65_HS1-834228961_62-HQ-83894_Section_8
Agency: FBI
Page 139
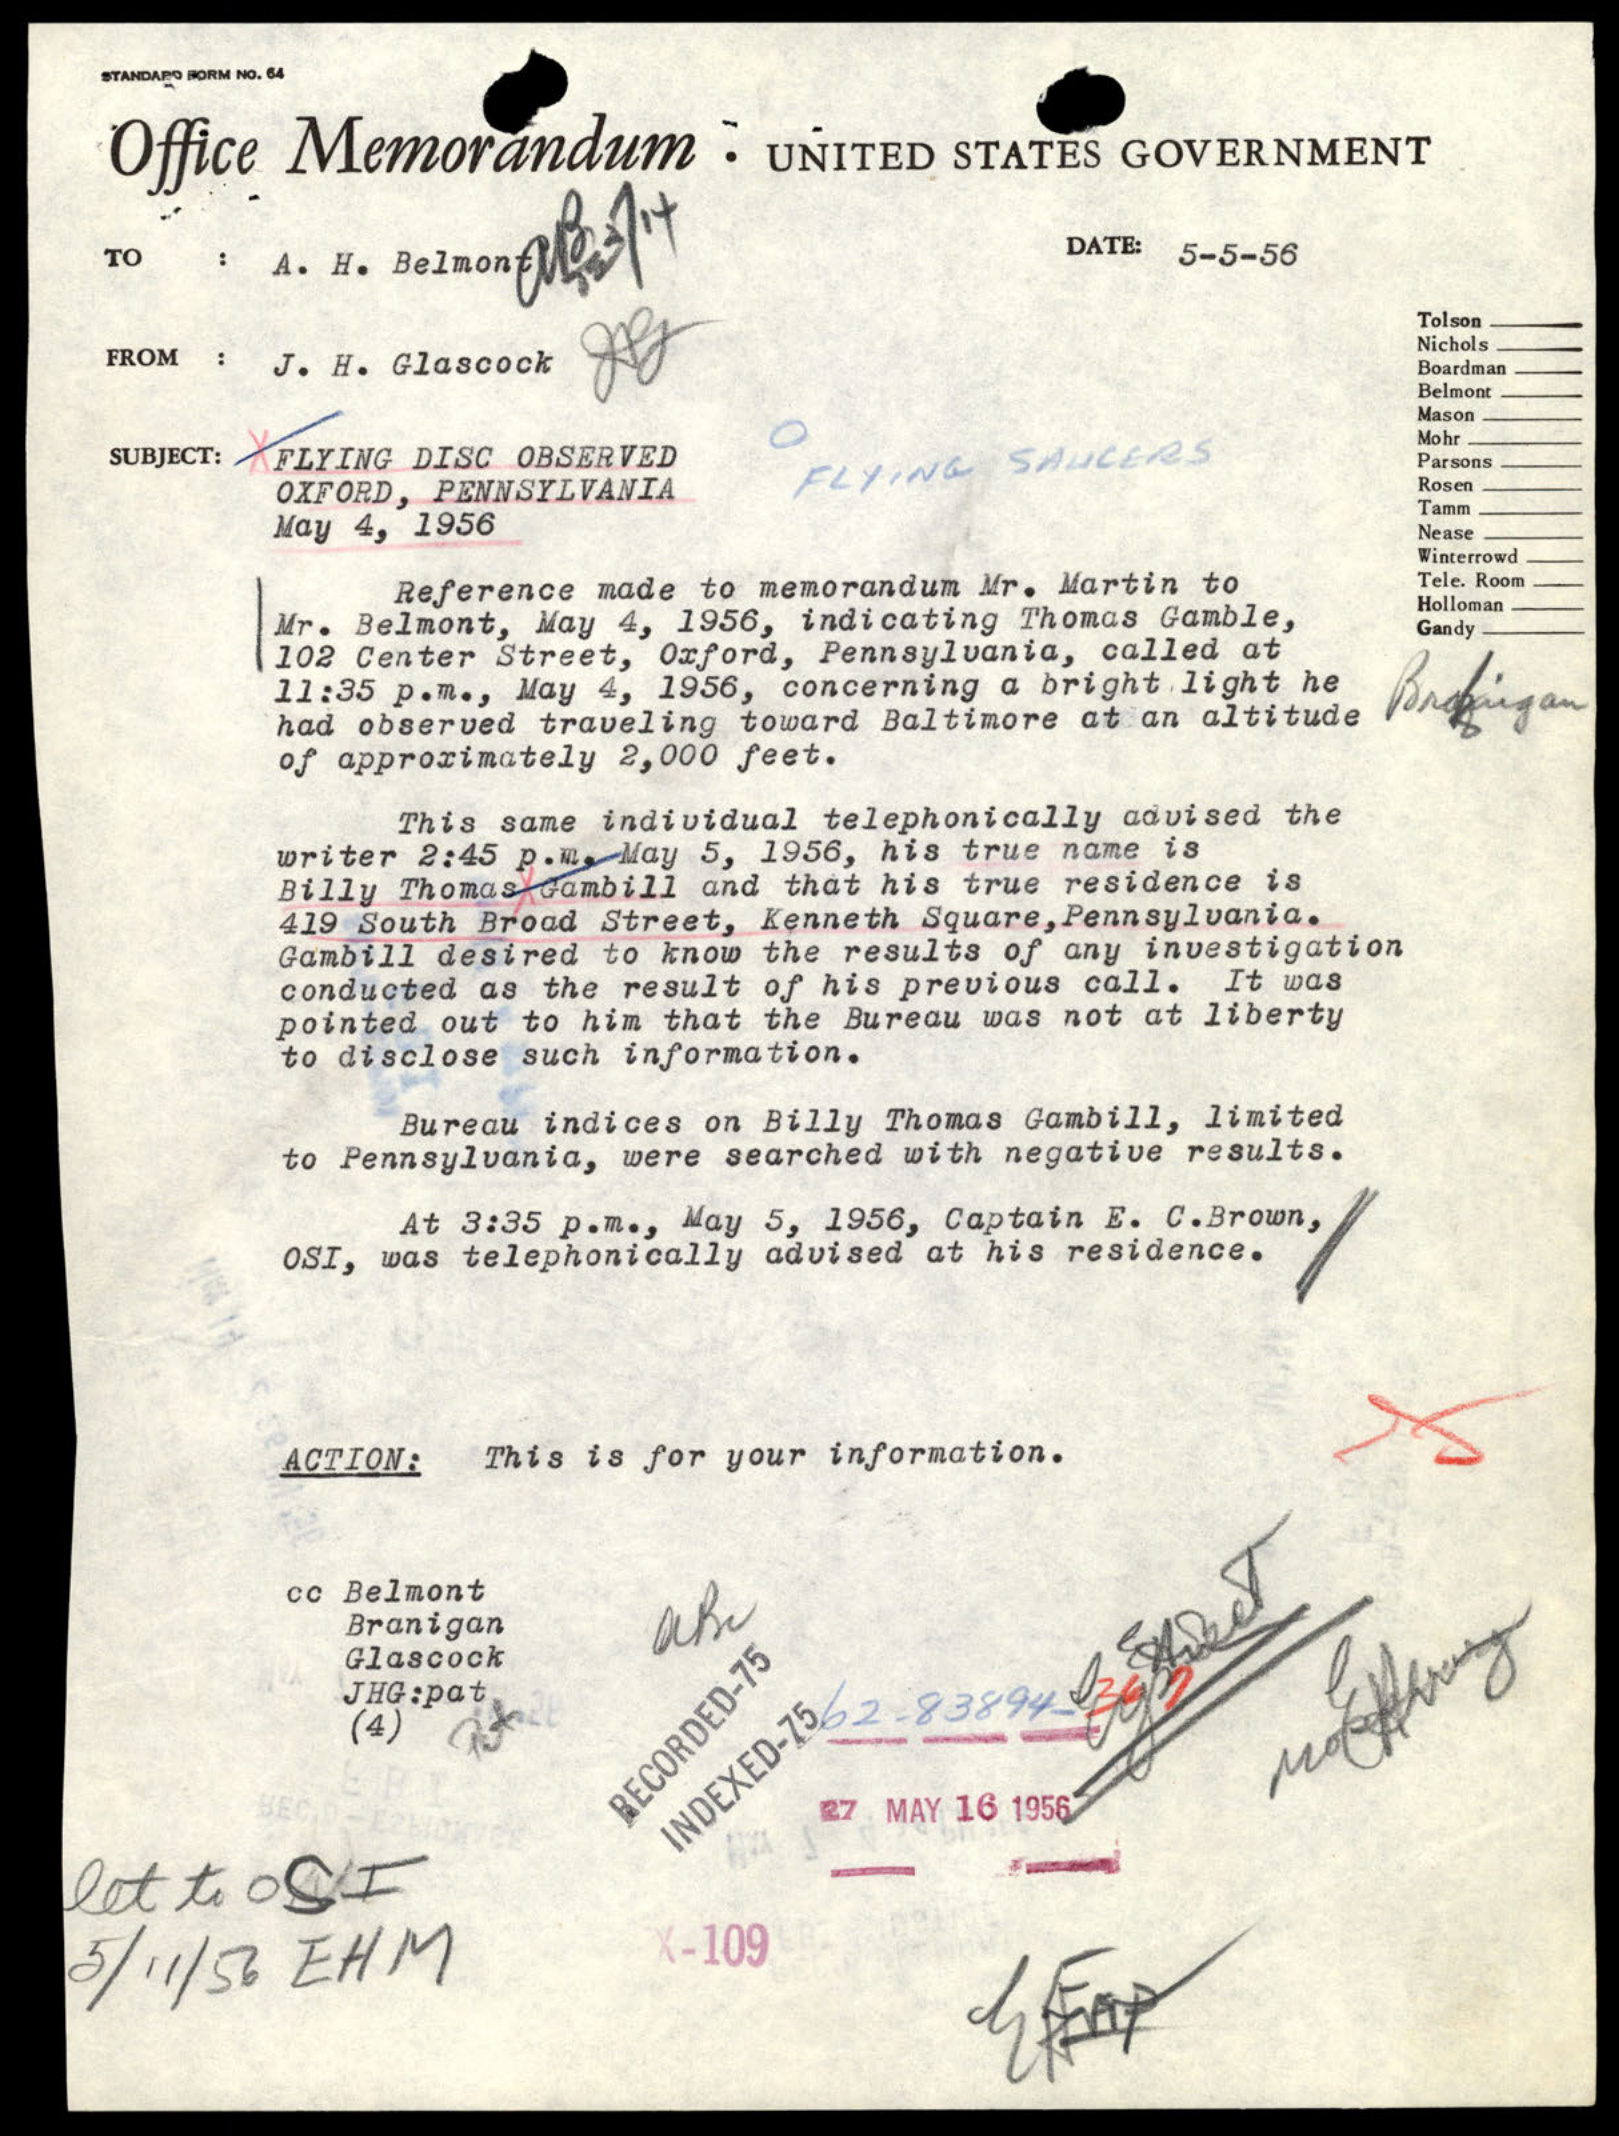